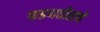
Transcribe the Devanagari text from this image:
फडणवीसाचे